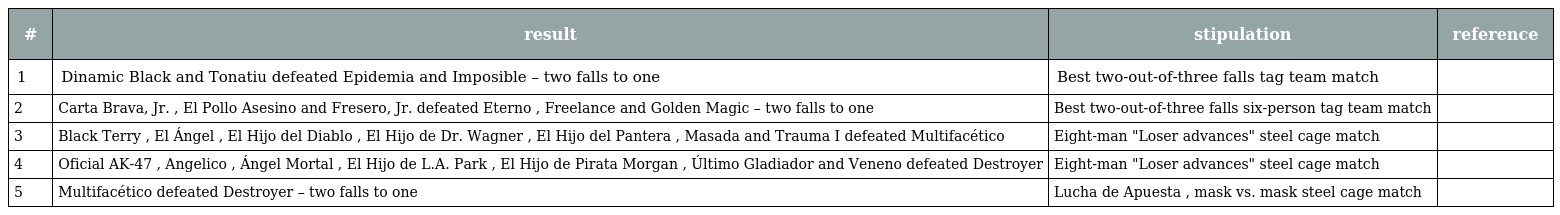
| # | result | stipulation | reference |
 | --- | --- | --- | --- |
 | 1 | Dinamic Black and Tonatiu defeated Epidemia and Imposible – two falls to one | Best two-out-of-three falls tag team match |  |
 | 2 | Carta Brava, Jr. , El Pollo Asesino and Fresero, Jr. defeated Eterno , Freelance and Golden Magic – two falls to one | Best two-out-of-three falls six-person tag team match |  |
 | 3 | Black Terry , El Ángel , El Hijo del Diablo , El Hijo de Dr. Wagner , El Hijo del Pantera , Masada and Trauma I defeated Multifacético | Eight-man "Loser advances" steel cage match |  |
 | 4 | Oficial AK-47 , Angelico , Ángel Mortal , El Hijo de L.A. Park , El Hijo de Pirata Morgan , Último Gladiador and Veneno defeated Destroyer | Eight-man "Loser advances" steel cage match |  |
 | 5 | Multifacético defeated Destroyer – two falls to one | Lucha de Apuesta , mask vs. mask steel cage match |  |